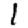
Digit: 1